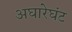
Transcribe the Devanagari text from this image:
अघारेघंट